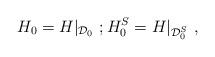
LaTeX: \begin{align*}H_0=H\vert_{{\cal D}_0}\ ;H_0^S=H\vert_{{\cal D}_0^S}\ ,\end{align*}